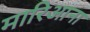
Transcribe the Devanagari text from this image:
मारिआना